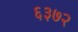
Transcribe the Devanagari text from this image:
६३७२